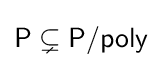
{\textsf {P}}\subsetneq {\textsf {P/poly}}